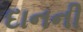
દાનની